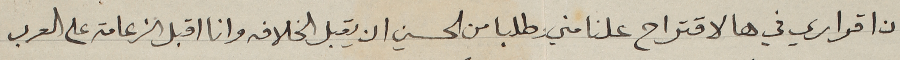
ان اقراري في هالاقتراح علنا مني وطلبا من الحسين ان يقبل الخلافه وانا اقبل الزعامة على العرب